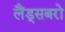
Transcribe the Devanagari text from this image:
लैंड्सबरो